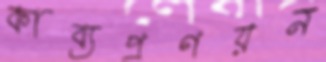
কাব্যপ্রণয়ন